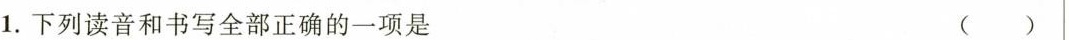
1.下列读音和书写全部正确的一项是 ()